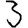
Digit: 3